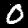
Digit: 0